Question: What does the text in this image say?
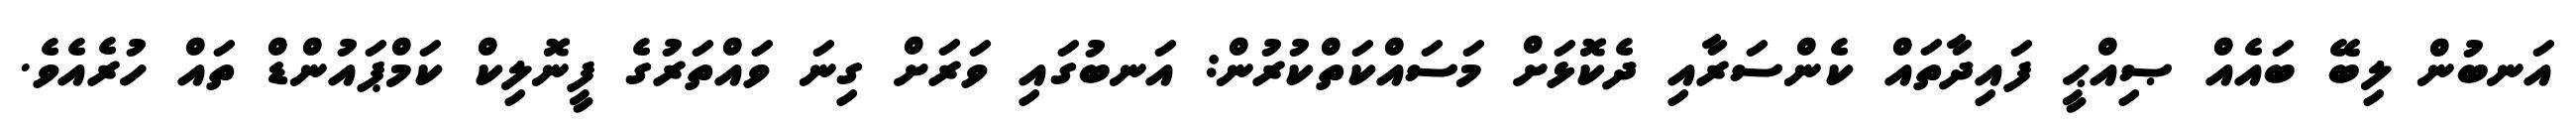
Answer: އަނބުން ލިބޭ ބައެއް ޞިއްޙީ ފައިދާތައް ކެންސަރާއި ދެކޮޅަށް މަސައްކަތްކުރުން: އަނބުގައި ވަރަށް ގިނަ ވައްތަރުގެ ފީނޮލިކް ކަމްޕައުންޑް ތައް ހުރެއެވެ.